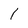
Character: 1